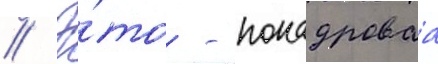
// Э́то - покадроваа